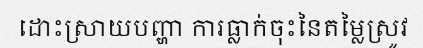
ដោះស្រាយបញ្ហា ការធ្លាក់ចុះនៃតម្លៃស្រូវ